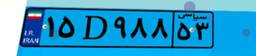
۱۵D۹۸۸۵۳